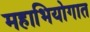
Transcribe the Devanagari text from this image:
महाभियोगात